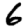
Digit: 6